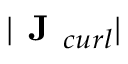
| \textbf { J } _ { c u r l } |